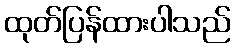
ထုတ်ပြန်ထားပါသည်